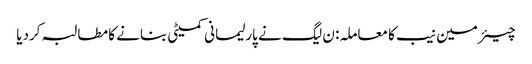
چیئرمین نیب کا معاملہ: ن لیگ نے پارلیمانی کمیٹی بنانے کا مطالبہ کردیا